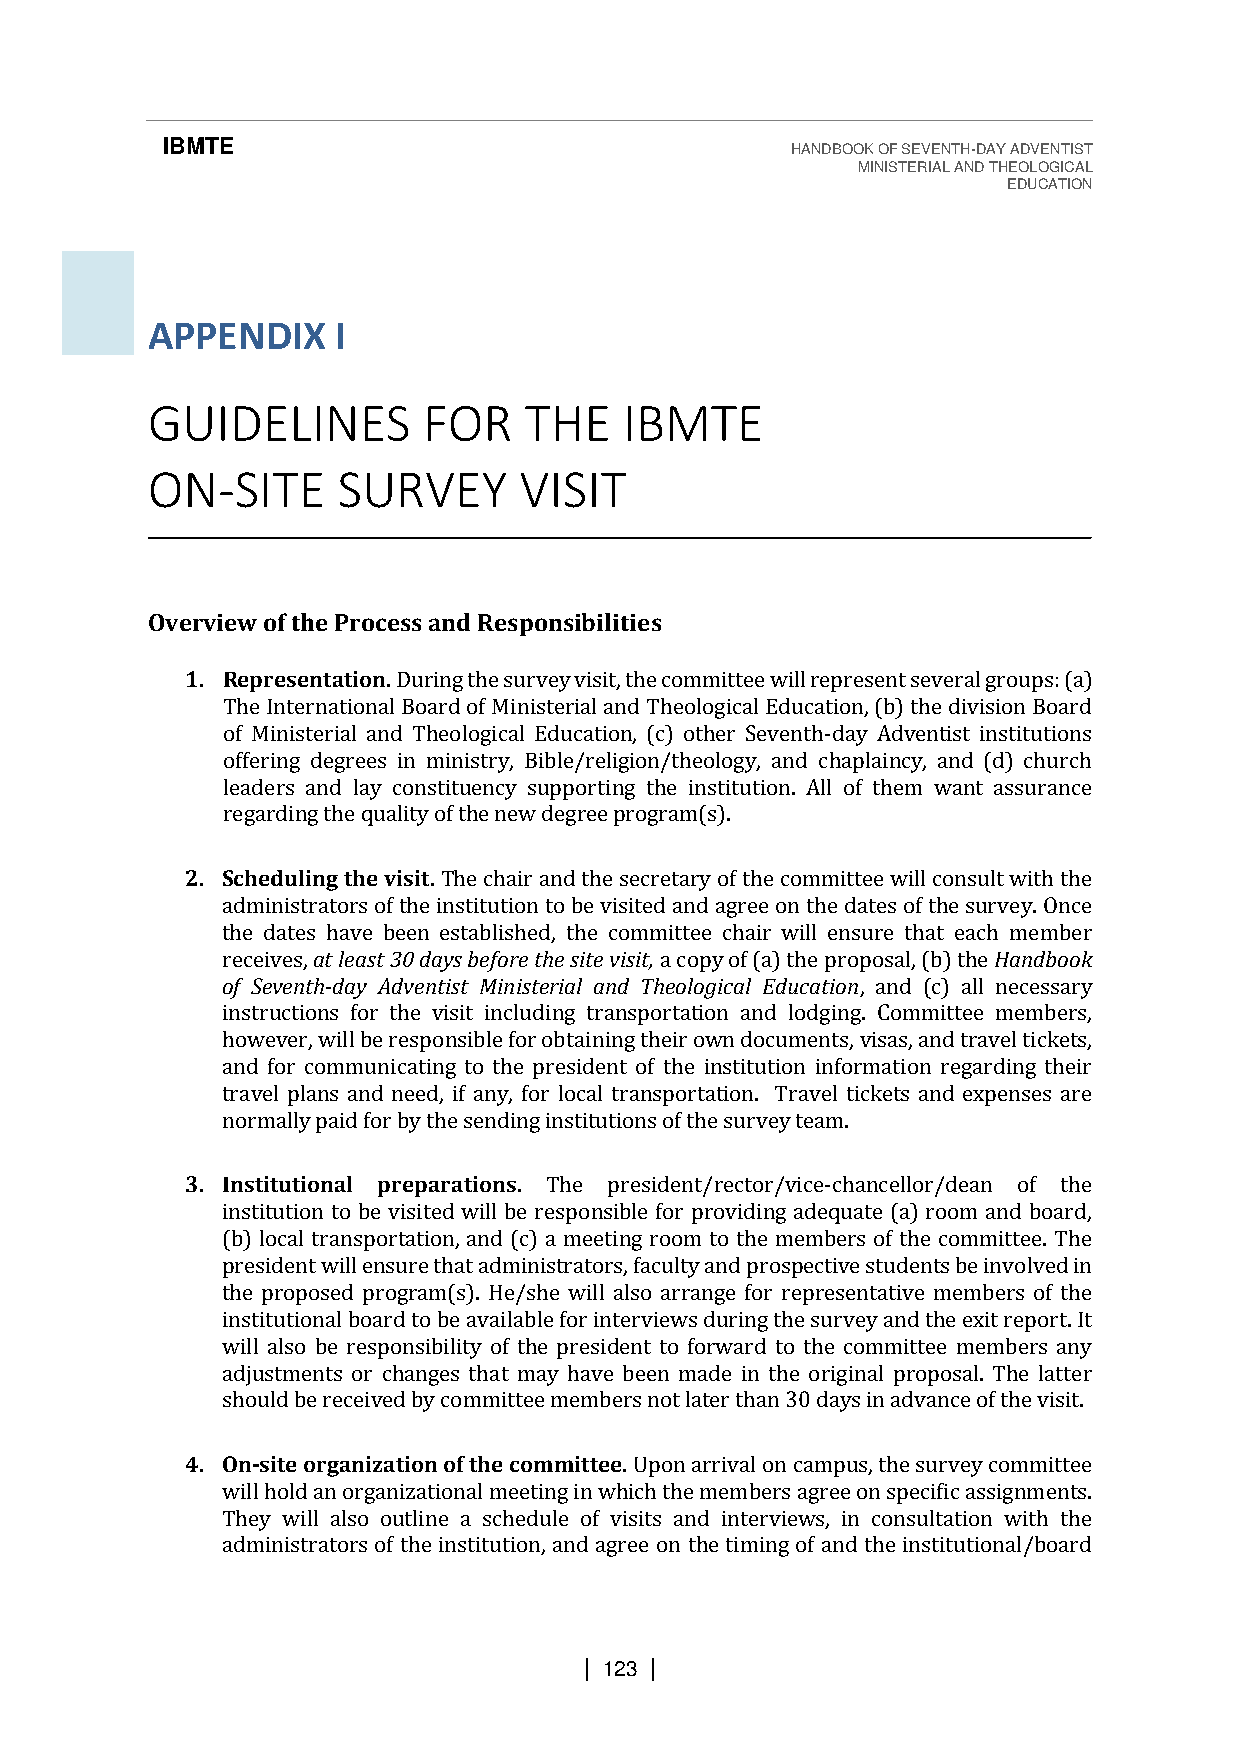
IBMTE                                    HANDBOOK OF SEVENTH-DAY ADVENTIST
 MINISTERIAL AND THEOLOGICAL
 EDUCATION
 APPENDIX    I
 GUIDELINES        FOR    THE   IBMTE
 ON-SITE     SURVEY      VISIT
 Overview of the Process and Responsibilities
 1. Representation. During the survey visit, the committee will represent several groups: (a)
 The International Board of Ministerial and Theological Education, (b) the division Board
 of Ministerial and Theological Education, (c) other Seventh-day Adventist institutions
 offering degrees in ministry, Bible/religion/theology, and chaplaincy, and (d) church
 leaders and lay constituency supporting the institution. All of them want assurance
 regarding the quality of the new degree program(s).
 2. Scheduling the visit. The chair and the secretary of the committee will consult with the
 administrators of the institution to be visited and agree on the dates of the survey. Once
 the dates have been established, the committee chair will ensure that each member
 receives, at least 30 days before the site visit, a copy of (a) the proposal, (b) the Handbook
 of Seventh-day Adventist Ministerial and Theological Education, and (c) all necessary
 instructions for the visit including transportation and lodging. Committee members,
 however, will be responsible for obtaining their own documents, visas, and travel tickets,
 and for communicating to the president of the institution information regarding their
 travel plans and need, if any, for local transportation. Travel tickets and expenses are
 normally paid for by the sending institutions of the survey team.
 3. Institutional preparations. The president/rector/vice-chancellor/dean of the
 institution to be visited will be responsible for providing adequate (a) room and board,
 (b) local transportation, and (c) a meeting room to the members of the committee. The
 president will ensure that administrators, faculty and prospective students be involved in
 the proposed program(s). He/she will also arrange for representative members of the
 institutional board to be available for interviews during the survey and the exit report. It
 will also be responsibility of the president to forward to the committee members any
 adjustments or changes that may have been made in the original proposal. The latter
 should be received by committee members not later than 30 days in advance of the visit.
 4. On-site organization of the committee. Upon arrival on campus, the survey committee
 will hold an organizational meeting in which the members agree on specific assignments.
 They will also outline a schedule of visits and interviews, in consultation with the
 administrators of the institution, and agree on the timing of and the institutional/board
 | 123 |